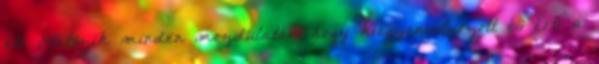
élt. Látszik minden mozdulatán, hogy kiegyensúlyozott és érti a